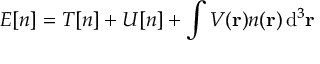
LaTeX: E [ n ] = T [ n ] + U [ n ] + \int V ( \mathbf { r } ) n ( \mathbf { r } ) \, \mathrm { d } ^ { 3 } \mathbf { r }